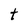
Character: t